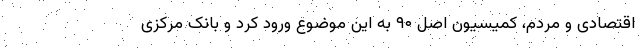
اقتصادی و مردم، کمیسیون اصل ۹۰ به این موضوع ورود کرد و بانک مرکزی